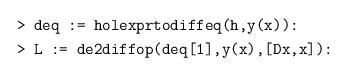
LaTeX: \begin{align*} &\texttt{> deq := holexprtodiffeq(h,y(x)):} \\ &\texttt{> L := de2diffop(deq[1],y(x),[Dx,x]):}\end{align*}